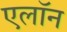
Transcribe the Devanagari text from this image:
एलॉन